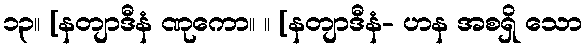
၁၃။ [နတျာဒီနံ ဏုကော။ ။ [နတျာဒီနံ- ဟန အစရှိ သော